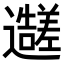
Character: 𬩭